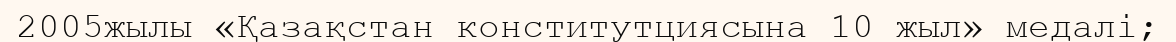
2005жылы «Қазақстан конститутциясына 10 жыл» медалі;